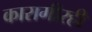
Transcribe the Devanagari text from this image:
कारागीरही